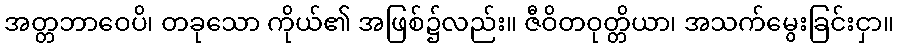
အတ္တဘာဝေပိ၊ တခုသော ကိုယ်၏ အဖြစ်၌လည်း။ ဇီဝိတဝုတ္တိယာ၊ အသက်မွေးခြင်းငှာ။